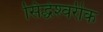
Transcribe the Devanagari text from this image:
सिद्धेश्‍वरीक